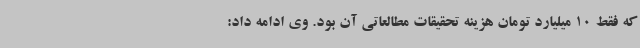
که فقط 10 میلیارد تومان هزینه تحقیقات مطالعاتی آن بود. وی ادامه داد: